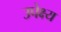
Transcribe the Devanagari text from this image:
उपेक्ष्य